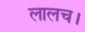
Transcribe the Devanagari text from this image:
लालच।